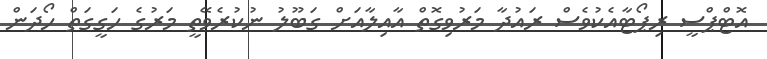
އޮޓްޕްސީ ރިޕޯޓާއެކުވެސް ރައުދާ މަރުވިގޮތް އާއިލާއަށް ގަބޫލު ނުކުރެވޭތީ މަރުގެ ހަގީގަތް ހޯދަން